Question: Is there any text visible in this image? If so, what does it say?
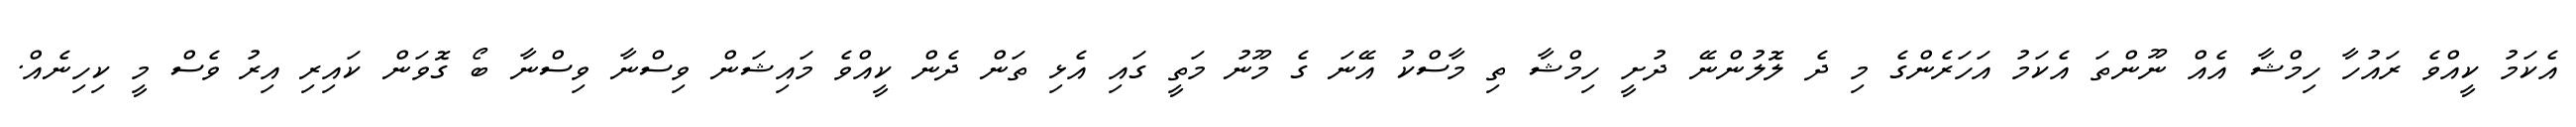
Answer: އެކަމު ކީއްވެ ރައުހާ ހިމްޝާ އެއް ނޫންތަ އެކަމު އަހަރެންގެ މި ދެ ލޮލުންނޭ ދުށީ ހިމްޝާ ތި މާސްކު އޭނަ ގެ މޫނު މަތީ ގައި އެޅި ތަން ދެން ކީއްވެ މައިޝަން ވިސްނާ ވިސްނާ ބޯ ގޮވަން ކައިރި އިރު ވެސް މީ ކިހިނެއް.